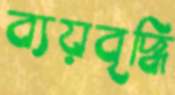
ব্যয়বৃদ্ধি